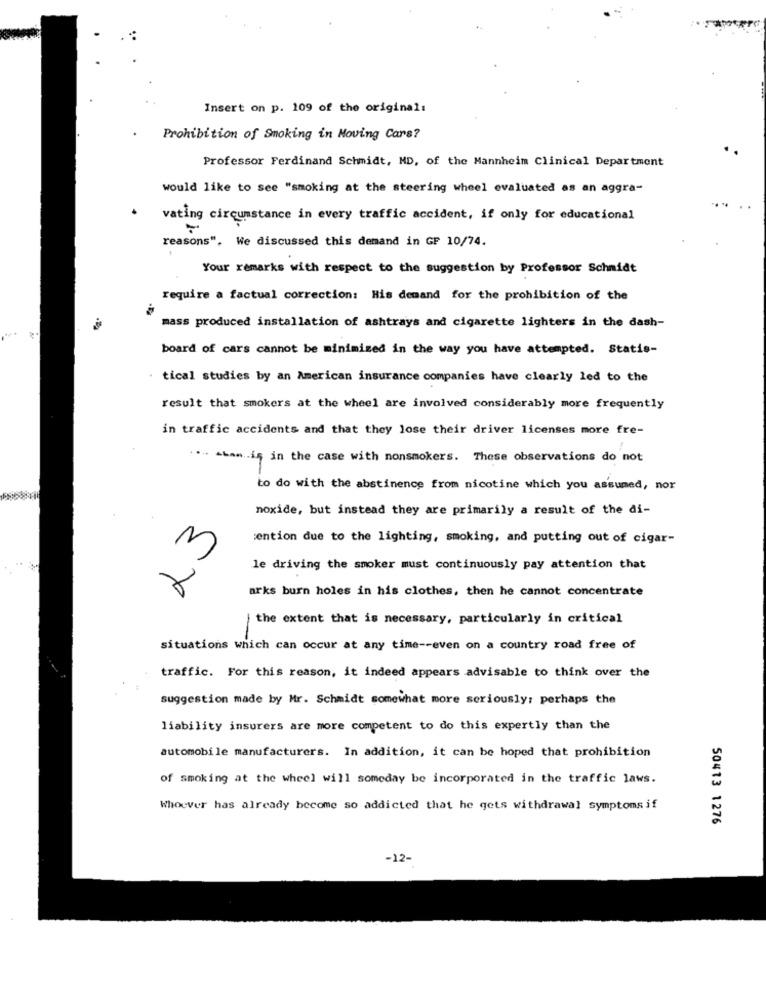
Insert on p. 109 of the original:
Prohibition of Smoking in Moving Cars?
Professor Ferdinand Schmidt, MD, of the Mannheim Clinical Department
would like to see "smoking at the steering wheel evaluated as an aggra-
vating circumstance in every traffic accident, if only for educational
reasons". We discussed this demand in GF 10/74.
Your remarks with respect to the suggestion by Professor Schmidt
require a factual correction: His demand for the prohibition of the
mass produced installation of ashtrays and cigarette lighters in the dash-
board of cars cannot be minimized in the way you have attempted. Statis-
tical studies by an American insurance companies have clearly led to the
result that smokers at the wheel are involved considerably more frequently
in traffic accidents and that they lose their driver licenses more fre-
.... - han .. is in the case with nonsmokers. These observations do not
to do with the abstinence from nicotine which you assumed, nor
noxide, but instead they are primarily a result of the di-
23
sention due to the lighting, smoking, and putting out of cigar-
le driving the smoker must continuously pay attention that
arks burn holes in his clothes, then he cannot concentrate
the extent that is necessary, particularly in critical
situations which can occur at any time -- even on a country road free of
traffic. For this reason, it indeed appears advisable to think over the
suggestion made by Mr. Schmidt somewhat more seriously; perhaps the
liability insurers are more competent to do this expertly than the
automobile manufacturers. In addition, it can be hoped that prohibition
of smoking at the wheel will someday be incorporated in the traffic laws.
Whoever has already become so addicted that he gets withdrawal symptomsif
50413 1276
-12-